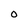
Character: O